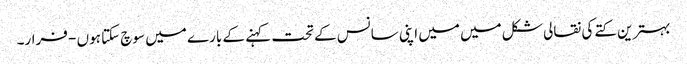
بہترین کتے کی نقالی شکل میں میں اپنی سانس کے تحت کہنے کے بارے میں سوچ سکتا ہوں - فرار۔